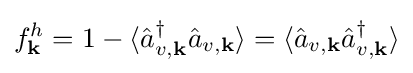
f_{\mathbf {k} }^{h}=1-\langle {\hat {a}}_{v,\mathbf {k} }^{\dagger }{\hat {a}}_{v,\mathbf {k} }\rangle =\langle {\hat {a}}_{v,\mathbf {k} }{\hat {a}}_{v,\mathbf {k} }^{\dagger }\rangle